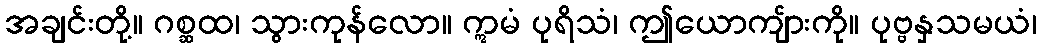
အချင်းတို့။ ဂစ္ဆထ၊ သွားကုန်လော။ ဣမံ ပုရိသံ၊ ဤယောကျ်ားကို။ ပုဗ္ဗနှသမယံ၊